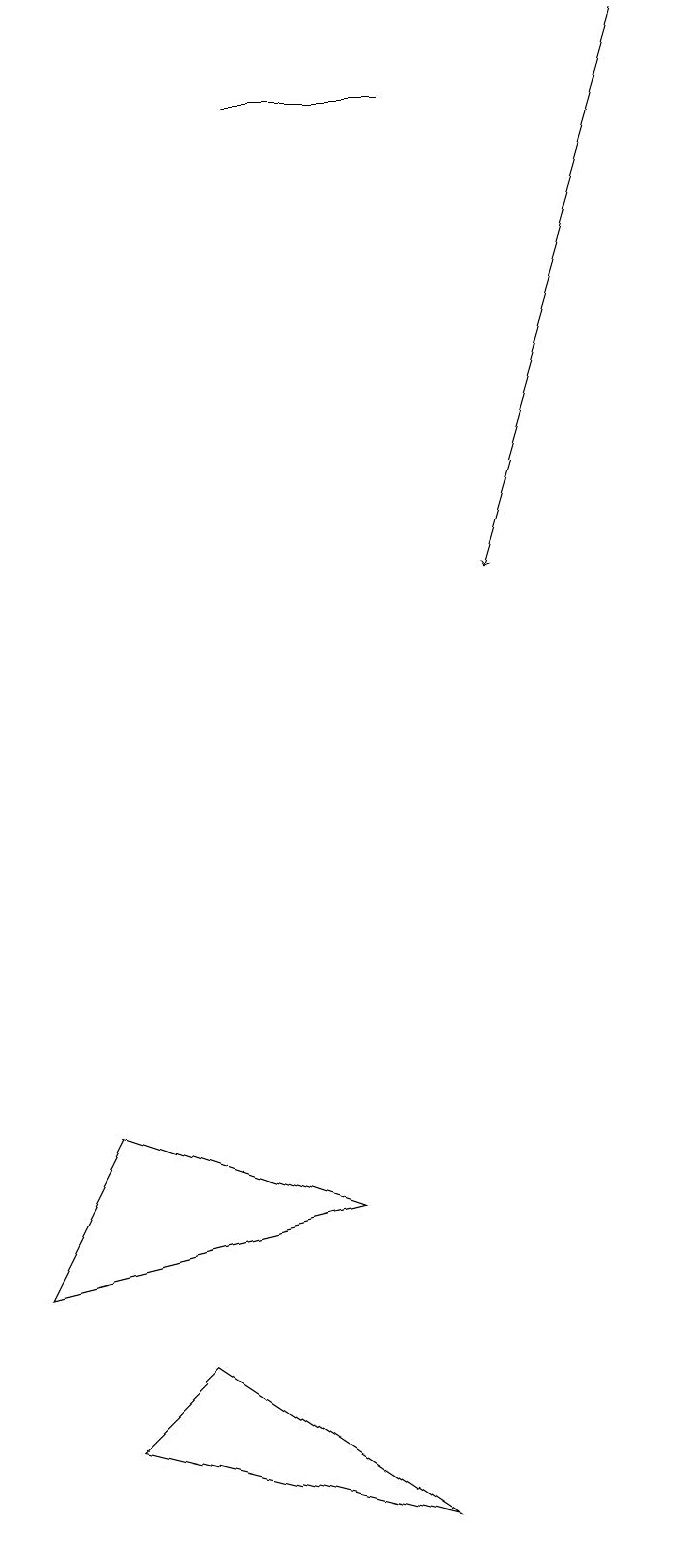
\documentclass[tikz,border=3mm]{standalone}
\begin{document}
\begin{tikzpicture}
\draw (3,2) -- (6,0) -- (2,1) -- cycle;
\draw (4,18) rectangle (6,18);
\draw[->] (9,19) -- (7,12);
\draw (1,3) -- (5,4) -- (2,5) -- cycle;
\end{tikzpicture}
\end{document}